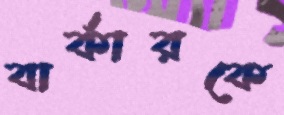
বার্কারকে